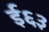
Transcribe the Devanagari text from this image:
ई६३